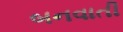
બનવાતી